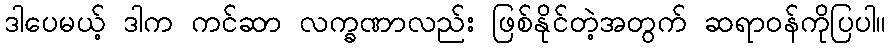
ဒါပေမယ့် ဒါက ကင်ဆာ လက္ခဏာလည်း ဖြစ်နိုင်တဲ့အတွက် ဆရာဝန်ကိုပြပါ။